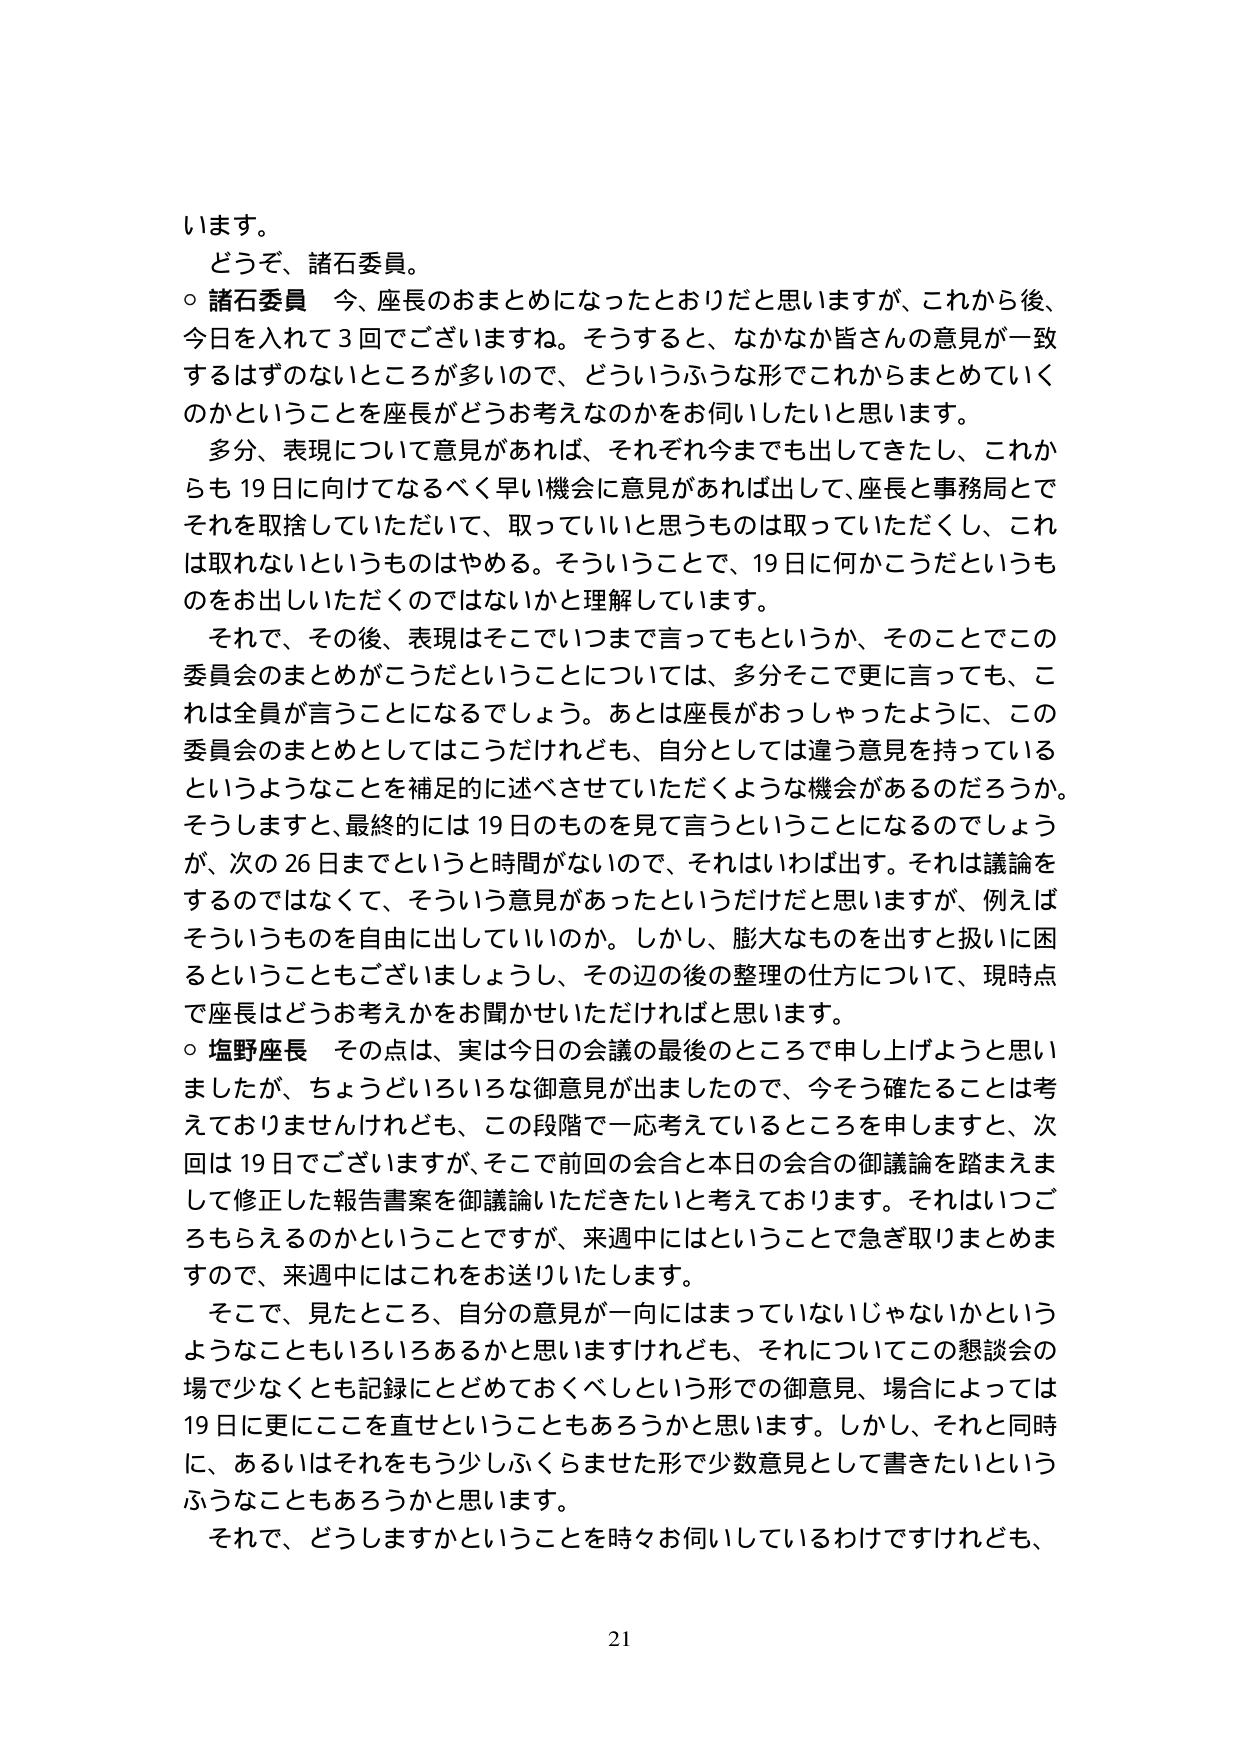
います。
どうぞ、諸石委員。
○ 諸石委員 今、座長のおまとめになったとおりだと思いますが、これから後、
今日を入れて3回でございますね。そうすると、なかなか皆さんの意見が一致
するはずのないところが多いので、どういうふうな形でこれからまとめていく
のかということを座長がどうお考えなのかをお伺いしたいと思います。
多分、表現について意見があれば、それぞれ今までも出してきましたし、これか
らも19日に向けてなるべく早い機会に意見があれば出して、座長と事務局とで
それを取捨していただいて、取っていいと思うものは取っていただくし、これ
は取れないというものはやめる。そういうことで、19日に何かこうだというも
のをお出しいただくのではないかと理解しています。
それで、その後、表現はそこでいつまで言ってもというか、そのことでこの
委員会のまとめがこうだということについては、多分そこで更に言っても、こ
れは全員が言うことになるでしょう。あとは座長がおっしゃったように、この
委員会のまとめとしてはこうだけれども、自分としては違う意見を持っている
というようなことを補足的に述べさせていただくような機会があるのだろうか。
そうしますと、最終的には19日のものを見て言うということになるのでしょう
が、次の26日までというと時間がないので、それはいわば出す。それは議論を
するのではなくて、そういう意見があったというだけだと思いますが、例えば
そういうものを自由に出していいのか。しかし、膨大なものを出すと扱いに困
るということもございましょうし、その辺の後の整理の仕方について、現時点
で座長はどうお考えかをお聞かせいただければと思います。
○ 塩野座長 その点は、実は今日の会議の最後のところで申し上げようと思い
ましたが、ちょうどいろいろな御意見が出ましたので、今そう確たることは考
えておりませんけれども、この段階で一応考えているところを申しますと、次
回は19日でございますが、そこで前回の会合と本日の会合の御議論を踏まえま
して修正した報告書案を御議論いただきたいと考えております。それはいつご
ろもらえるのかということですが、来週中にはということで急ぎ取りまとめま
すので、来週中にはこれをお送りいたします。
そこで、見たところ、自分の意見が一向にはまっていないじゃないかという
ようなこともいろいろあるかと思いますけれども、それについてこの懇談会の
場で少なくとも記録にとどめておくべしという形での御意見、場合によっては
19日に更にここを直せということもあるろうかと思います。しかし、それと同時
に、あるいはそれをもう少しふくらませた形で少数意見として書きたいという
ふうなこともあるろうかと思います。
それで、どうしますかということを時々お伺いしているわけですがけれども、
21